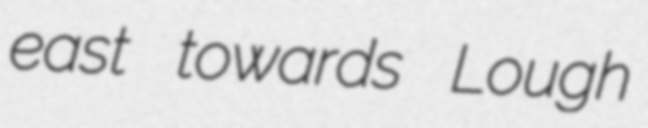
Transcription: east towards Lough